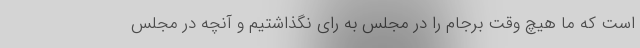
است که ما هیچ وقت برجام را در مجلس به رای نگذاشتیم و آنچه در مجلس